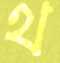
থ